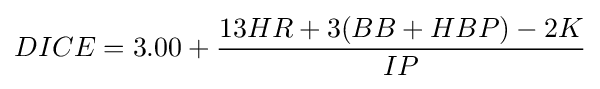
DICE=3.00+{\frac {13HR+3(BB+HBP)-2K}{IP}}